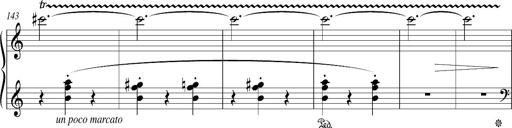
Title: Bagatelle sans tonalitÃ©
Composer: Franz Liszt